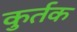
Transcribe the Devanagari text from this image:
कुर्तक